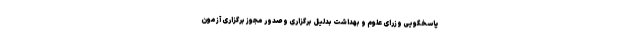
پاسخگویی وزرای علوم و بهداشت بدلیل برگزاری و صدور مجوز برگزاری آزمون